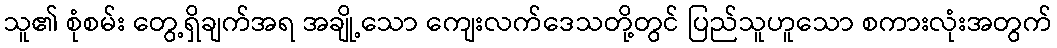
သူ၏ စုံစမ်း တွေ့ရှိချက်အရ အချို့သော ကျေးလက်ဒေသတို့တွင် ပြည်သူဟူသော စကားလုံးအတွက်